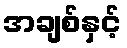
အချစ်နှင့်